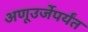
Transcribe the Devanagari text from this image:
अणूउर्जेपर्यंत